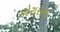
હોરાસના